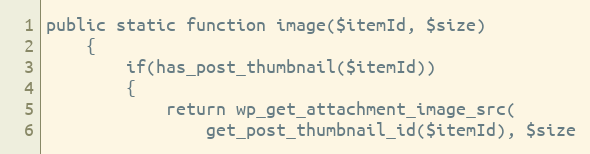
Language: PHP
public static function image($itemId, $size)
    {
        if(has_post_thumbnail($itemId))
        {
            return wp_get_attachment_image_src(
                get_post_thumbnail_id($itemId), $size